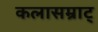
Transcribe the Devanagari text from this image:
कलासम्राट्